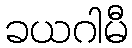
ခယဂါမီ